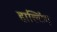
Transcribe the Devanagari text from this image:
हाल्टिंग